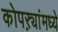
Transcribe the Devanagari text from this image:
कोपऱ्यांमध्ये